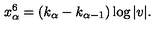
x _ { \alpha } ^ { 6 } = ( k _ { \alpha } - k _ { \alpha - 1 } ) \log | v | .